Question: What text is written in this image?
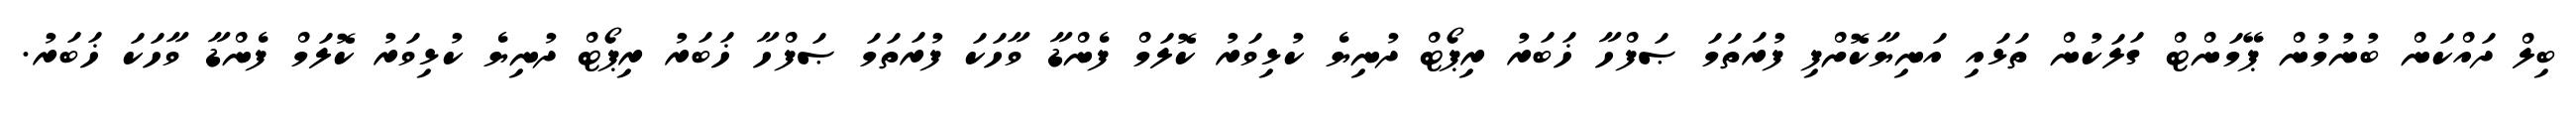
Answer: ބިލް ދައްކަން ބުނުމުން ޕޭމަންޓް ގަލަކުން ތަޅައި އަނިޔާކޮށްފި ފުރަތަމަ ޞަފްހާ ޚަބަރު ރިޕޯޓް ދުނިޔެ ކުޅިވަރު ކޮލަމް ފެންޑާ ވާހަކަ ފުރަތަމަ ޞަފްހާ ޚަބަރު ރިޕޯޓް ދުނިޔެ ކުޅިވަރު ކޮލަމް ފެންޑާ ވާހަކަ ޚަބަރު.